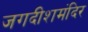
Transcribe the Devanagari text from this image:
जगदीशमंदिर